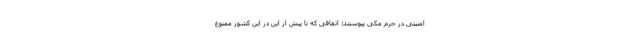
امنیتی در حرم مکی پیوستند؛ اتفاقی که تا پیش از این در این کشور ممنوع